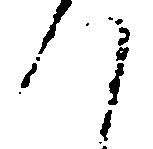
て